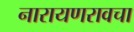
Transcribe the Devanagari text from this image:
नारायणरावचा